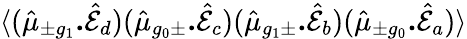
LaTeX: \langle(\hat{\mu}_{\pm g_{1}}\textbf{.}\hat{\mathcal{E}}_{d})(\hat{\mu}_{g_{0}\pm}\textbf{.}\hat{\mathcal{E}}_{c})(\hat{\mu}_{g_{1}\pm}\textbf{.}\hat{\mathcal{E}}_{b})(\hat{\mu}_{\pm g_{0}}\textbf{.}\hat{\mathcal{E}}_{a})\rangle